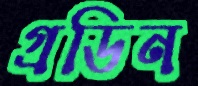
গ্রডিন